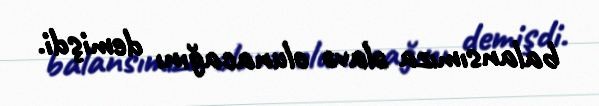
balansımıza əlavə olunacağını demişdi.